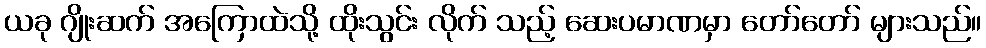
ယခု ဂျိုးဆက် အကြောထဲသို့ ထိုးသွင်း လိုက် သည့် ဆေးပမာဏမှာ တော်တော် များသည်။